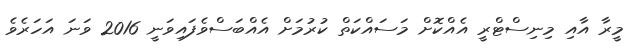
މީރާ އާއި މިނިސްޓްރީ އެއްކޮށް މަސައްކަތް ކުރުމަށް އެއްބަސްވެފައިވަނީ 2016 ވަނަ އަހަރެވެ